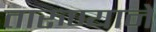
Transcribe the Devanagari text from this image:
तारुण्याने